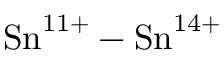
{ \mathrm { S n } } ^ { 1 1 + } - { \mathrm { S n } } ^ { 1 4 + }